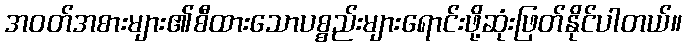
အဝတ်အစားများ၏စီထားသောပစ္စည်းများရောင်းဖို့ဆုံးဖြတ်နိုင်ပါတယ်။